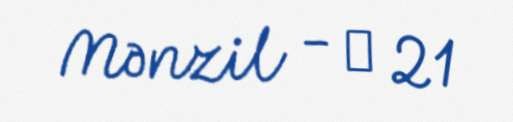
Mənzil - № 21